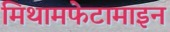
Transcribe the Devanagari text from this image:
मिथामफेटामाइन